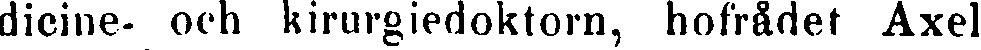
dicine- och kirurgiedoktorn, hofrådet Axel